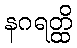
နဂရတ္ထိ